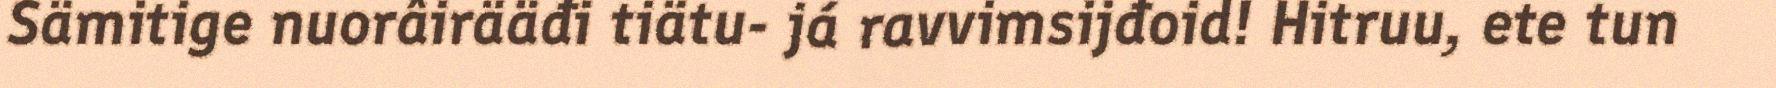
Sämitige nuorâirääđi tiätu- já ravvimsijđoid! Hitruu, ete tun